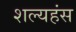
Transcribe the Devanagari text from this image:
शल्यहंस